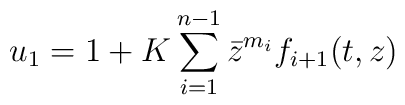
u_1=1+K\sum_{i=1}^{n-1}\bar{z}^{m_i}f_{i+1}(t,z)